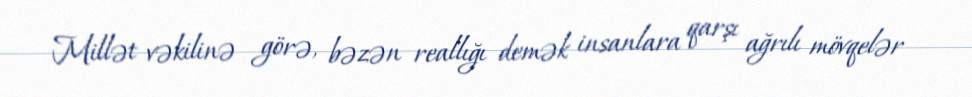
Millət vəkilinə görə, bəzən reallığı demək insanlara qarşı ağrılı mövqelər